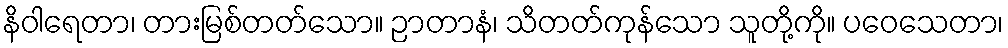
နိဝါရေတာ၊ တားမြစ်တတ်သော။ ဉာတာနံ၊ သိတတ်ကုန်သော သူတို့ကို။ ပဝေသေတာ၊